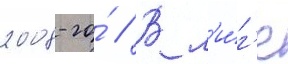
2008-го́ // В л'и́г'е